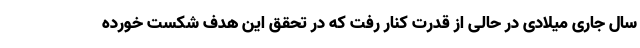
سال جاری میلادی در حالی از قدرت کنار رفت که در تحقق این هدف شکست خورده